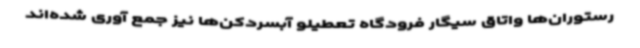
رستوران‌ها واتاق سیگار فرودگاه تعطیلو آبسردکن‌ها نیز جمع آوری شده‌اند